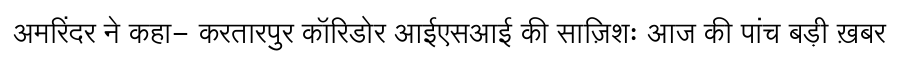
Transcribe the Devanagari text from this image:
अमरिंदर ने कहा- करतारपुर कॉरिडोर आईएसआई की साज़िशः आज की पांच बड़ी ख़बर